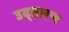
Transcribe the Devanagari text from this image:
उद्हारण